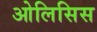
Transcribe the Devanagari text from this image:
ओलिसिस